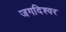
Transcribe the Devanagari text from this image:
जगदिश्वर